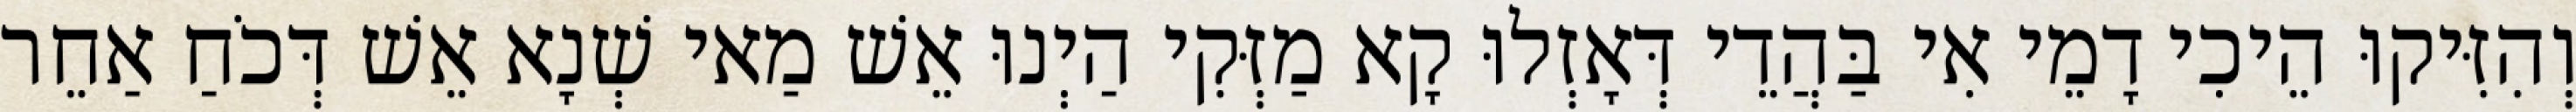
וְהִזִּיקוּ הֵיכִי דָמֵי אִי בַּהֲדֵי דְּאָזְלוּ קָא מַזְּקִי הַיְנוּ אֵשׁ מַאי שְׁנָא אֵשׁ דְּכֹחַ אַחֵר